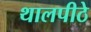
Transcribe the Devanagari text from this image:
थालपीठे